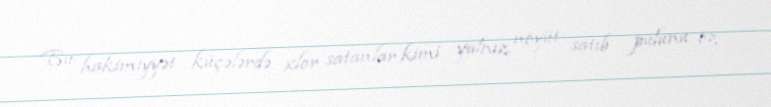
Bu hakimiyyət küçələrdə xlor satanlar kimi yalnız nöyüt satıb pulunu öz